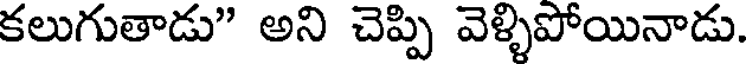
కలుగుతాడు" అని చెప్పి వెళ్ళిపోయినాడు.